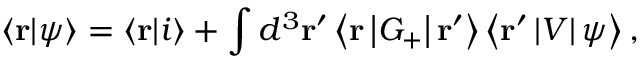
\left\langle \mathbf { r } | \psi \right\rangle = \left\langle \mathbf { r } | i \right\rangle + \int d ^ { 3 } \mathbf { r } ^ { \prime } \left\langle \mathbf { r } \left| G _ { + } \right| \mathbf { r } ^ { \prime } \right\rangle \left\langle \mathbf { r } ^ { \prime } \left| V \right| \psi \right\rangle ,